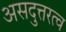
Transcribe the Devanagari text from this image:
असदुत्तरत्व